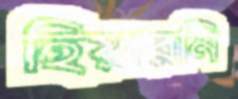
হিয়ারনি